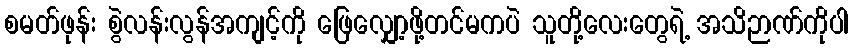
စမတ်ဖုန်း စွဲလန်းလွန်အကျင့်ကို ဖြေလျှော့ဖို့တင်မကပဲ သူတို့လေးတွေရဲ့ အသိဉာဏ်ကိုပါ